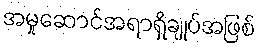
အမှုဆောင်အရာရှိချုပ်အဖြစ်